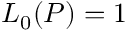
L _ { 0 } ( P ) = 1